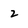
Character: 2